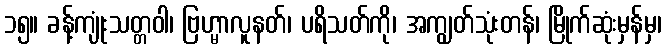
၁၅။ ခန့်ကျုံးသတ္တဝါ၊ ဗြဟ္မာလူနတ်၊ ပရိသတ်ကို၊ အကျွတ်သုံးတန်၊ မြိုက်ဆုံးမှန်မှ၊